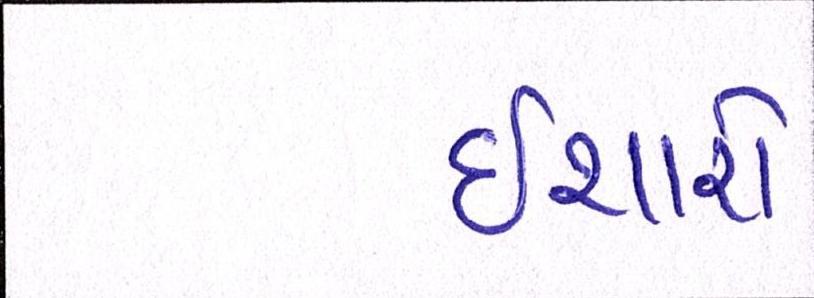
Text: ઈશારો